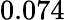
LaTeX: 0.074